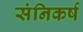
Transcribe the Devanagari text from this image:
संनिकर्ष